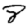
Digit: 8